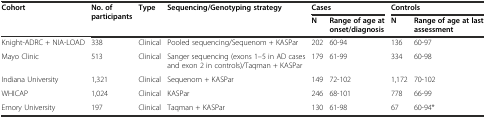
| <ROWSPAN=2> Cohort | <ROWSPAN=2> No. of participants | <ROWSPAN=2> Type | <ROWSPAN=2> Sequencing/Genotyping strategy | <COLSPAN=2> Cases | <COLSPAN=2> Controls |
 | N | Range of age at onset/diagnosis | N | Range of age at last assessment |
 | --- | --- | --- | --- | --- | --- | --- | --- |
 | Knight-ADRC + NIA-LOAD | 338 | Clinical | Pooled sequencing/Sequenom + KASPar | 202 | 60-94 | 136 | 60-97 |
 | Mayo Clinic | 513 | Clinical | Sanger sequencing (exons 1–5 in AD cases and exon 2 in controls)/Taqman + KASPar | 179 | 61-99 | 334 | 60-98 |
 | Indiana University | 1,321 | Clinical | Sequenom + KASPar | 149 | 72-102 | 1,172 | 70-102 |
 | WHICAP | 1,024 | Clinical | KASPar | 246 | 68-101 | 778 | 66-99 |
 | Emory University | 197 | Clinical | Taqman + KASPar | 130 | 61-98 | 67 | 60-94* |